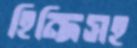
হিন্দিসহ